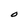
Character: O